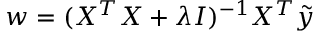
w = ( X ^ { T } X + \lambda I ) ^ { - 1 } X ^ { T } \tilde { y }